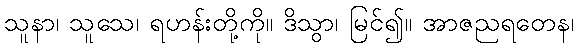
သူနာ၊ သူသေ၊ ရဟန်းတို့ကို။ ဒိသွာ၊ မြင်၍။ အာဇညရတေန၊